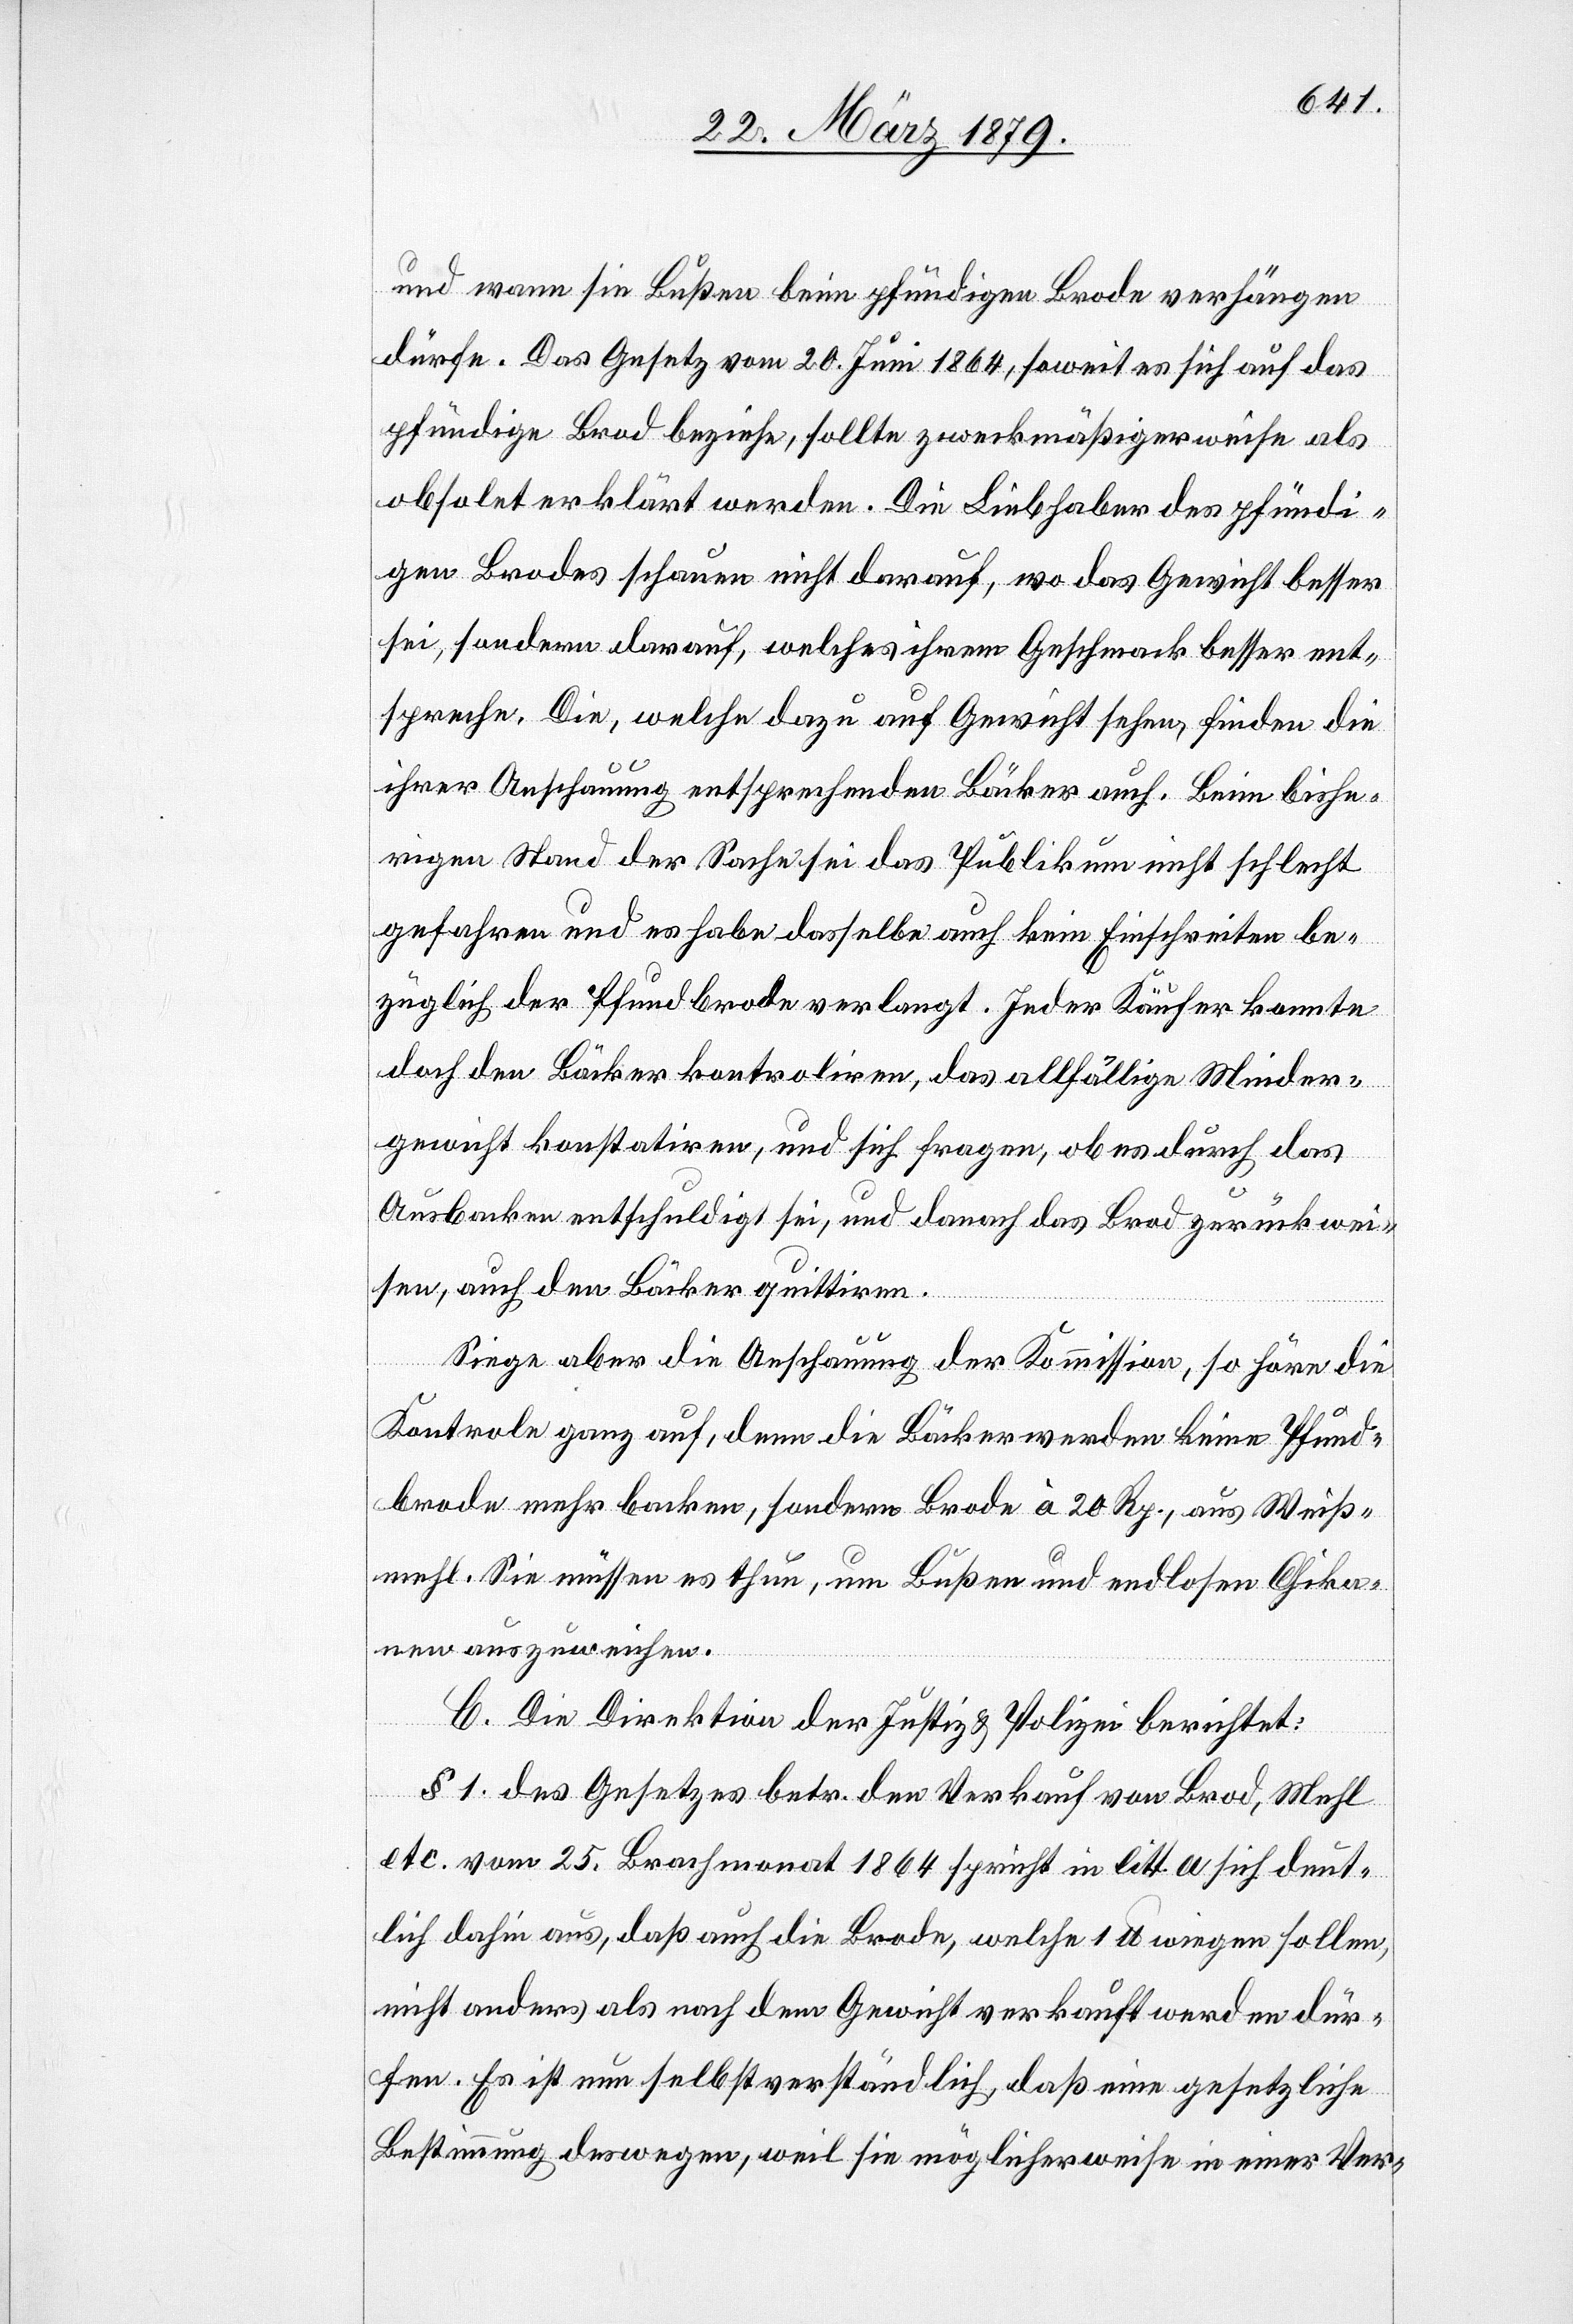
und wann sie Bußen beim pfündigen Brode verhängen
dürfe. Das Gesetz vom 20. Juni 1864, soweit es sich auf das
pfündige Brod beziehe, sollte zweckmäßigerweise als
obsolet erklärt werden. Die Liebhaber des pfündi¬
gen Brodes schauen nicht darauf, wo das Gewicht besser
sei, sondern darauf, welches ihrem Geschmack besser ent¬
spreche. Die, welche dazu auf Gewicht sehen, finden die
ihrer Anschauung entsprechenden Bäcker auf. Beim bishe¬
rigen Stand der Sache sei das Publikum nicht schlecht
gefahren und es habe dasselbe auch kein Einschreiten be¬
züglich Pfundbrode verlangt. Jeder Käufer konnte
doch den Bäcker kontroliren, das allfällige Minder¬
gewicht konstatiren, und sich fragen, ob es durch das
Ausbacken entschuldigt sei, und danach das Brod zurückwei¬
sen, auch den Bäcker zu quittiren.
Siege aber die Anschauung der Kommission, so höre die
Kontrole ganz auf, denn die Bäcker werden keine Pfund¬
brode mehr backen, sondern Brode à 20 Rp., aus Weiß¬
mehl. Sie müssen es thun, um Bußen und endlosen Chika¬
nen auszuweichen.
C. Die Direktion der Justiz & Polizei berichtet:
§ 1 des Gesetzes betr. den Verkauf von Brod, Mehl
etc. vom 25. Brachmonat 1864 spricht in litt. a sich deut¬
lich dahin aus, daß auch die Brode, welche 1 lb wiegen sollen,
nicht anders als nach dem Gewicht verkauft werden dür¬
fen. Es ist nun selbstverständlich, daß eine gesetzliche
Bestimmung deswegen, weil sie möglicherweise in einer Ver-